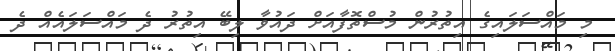
މި މައްސަލައިގެ އިތުރުން މުސްތޮފާއަށް ދައުވާ ލިބޭ އިތުރު ދެ މައްސަލައެއް ދެ